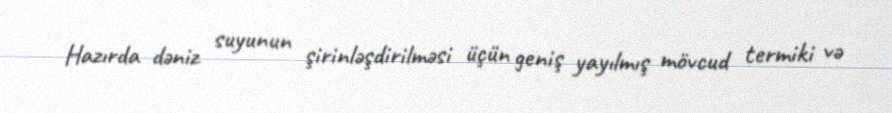
Hazırda dəniz suyunun şirinləşdirilməsi üçün geniş yayılmış mövcud termiki və